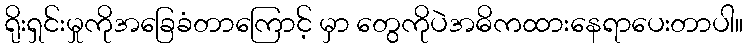
ရိုးရှင်းမှုကိုအခြေခံတာကြောင့် မှာ တွေကိုပဲအဓိကထားနေရာပေးတာပါ။